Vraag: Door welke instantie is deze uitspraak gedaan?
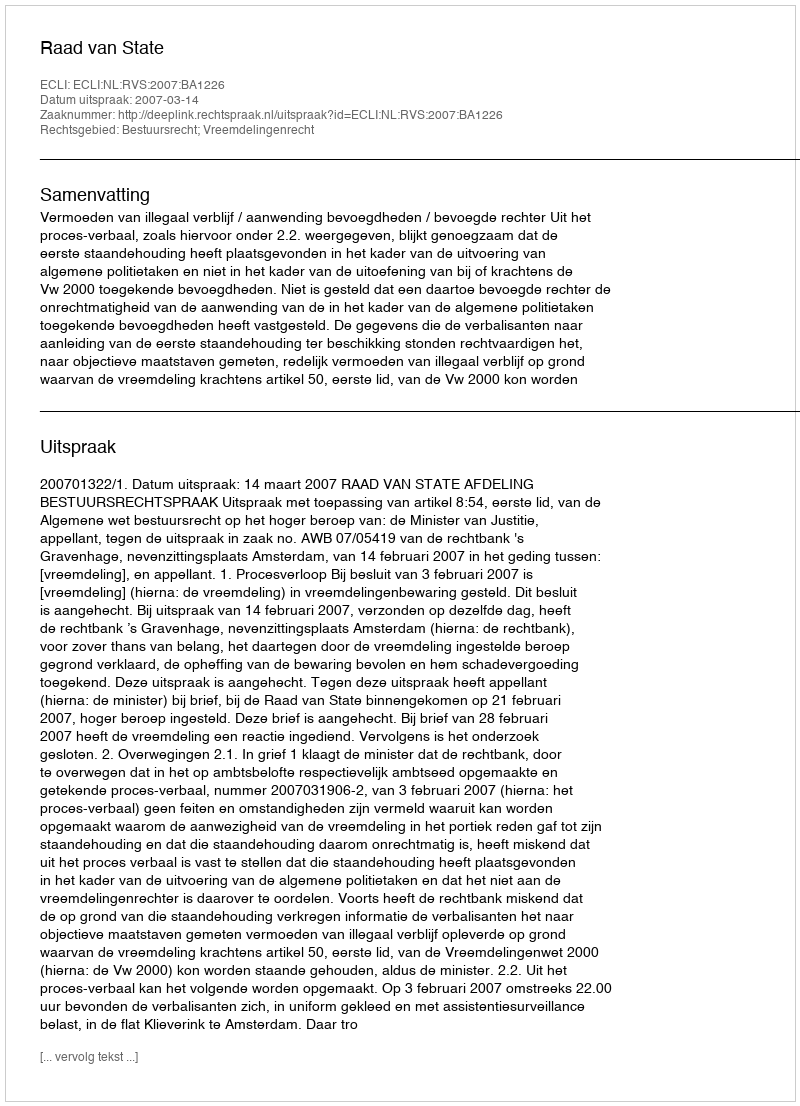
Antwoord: Raad van State